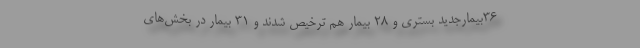
۳۶بیمارجدید بستری و ۲۸ بیمار هم ترخیص شدند و ۳۱ بیمار در بخش‌های